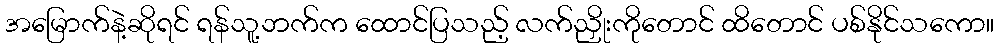
အမြောက်နဲ့ဆိုရင် ရန်သူ့ဘက်က ထောင်ပြသည့် လက်ညှိုးကိုတောင် ထိတောင် ပစ်နိုင်သကော။